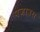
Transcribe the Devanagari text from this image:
पेजावरा